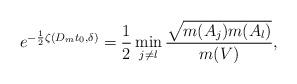
LaTeX: \begin{align*}e^{-\frac12\zeta(D_mt_0,\delta)}=\frac12\min_{j\neq l} \frac{\sqrt{m(A_j)m(A_l)}}{m(V)},\end{align*}